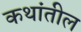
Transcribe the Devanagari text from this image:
कथांतील